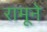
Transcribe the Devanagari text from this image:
रामूने